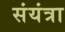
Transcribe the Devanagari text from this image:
संयंत्रा